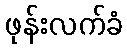
ဖုန်းလက်ခံ